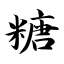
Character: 糖